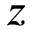
\boldsymbol { z }